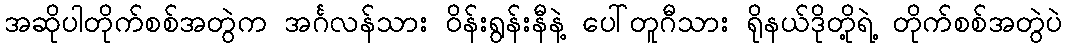
အဆိုပါတိုက်စစ်အတွဲက အင်္ဂလန်သား ဝိန်းရွန်းနီနဲ့ ပေါ်တူဂီသား ရိုနယ်ဒိုတို့ရဲ့ တိုက်စစ်အတွဲပဲ